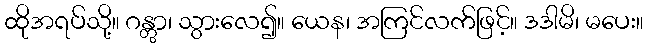
ထိုအရပ်သို့။ ဂန္တွာ၊ သွားလေ၍။ ယေန၊ အကြင်လက်ဖြင့်။ ဒဒါမိ၊ မပေး။